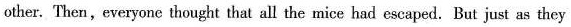
other. Then,everyone thought that all the mice had escaped. But just as they